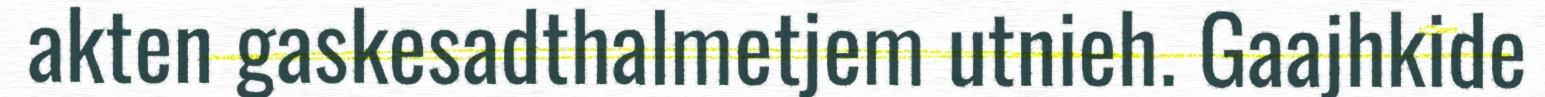
akten gaskesadthalmetjem utnieh. Gaajhkide